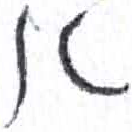
אות: א